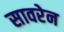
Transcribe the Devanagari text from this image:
सावरेन